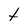
Character: t